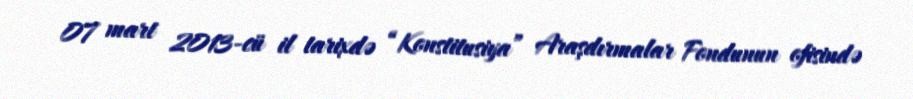
07 mart 2013-cü il tarixdə “Konstitusiya” Araşdırmalar Fondunun ofisində